Eesti_Toorahva_Kommuun, lk 50
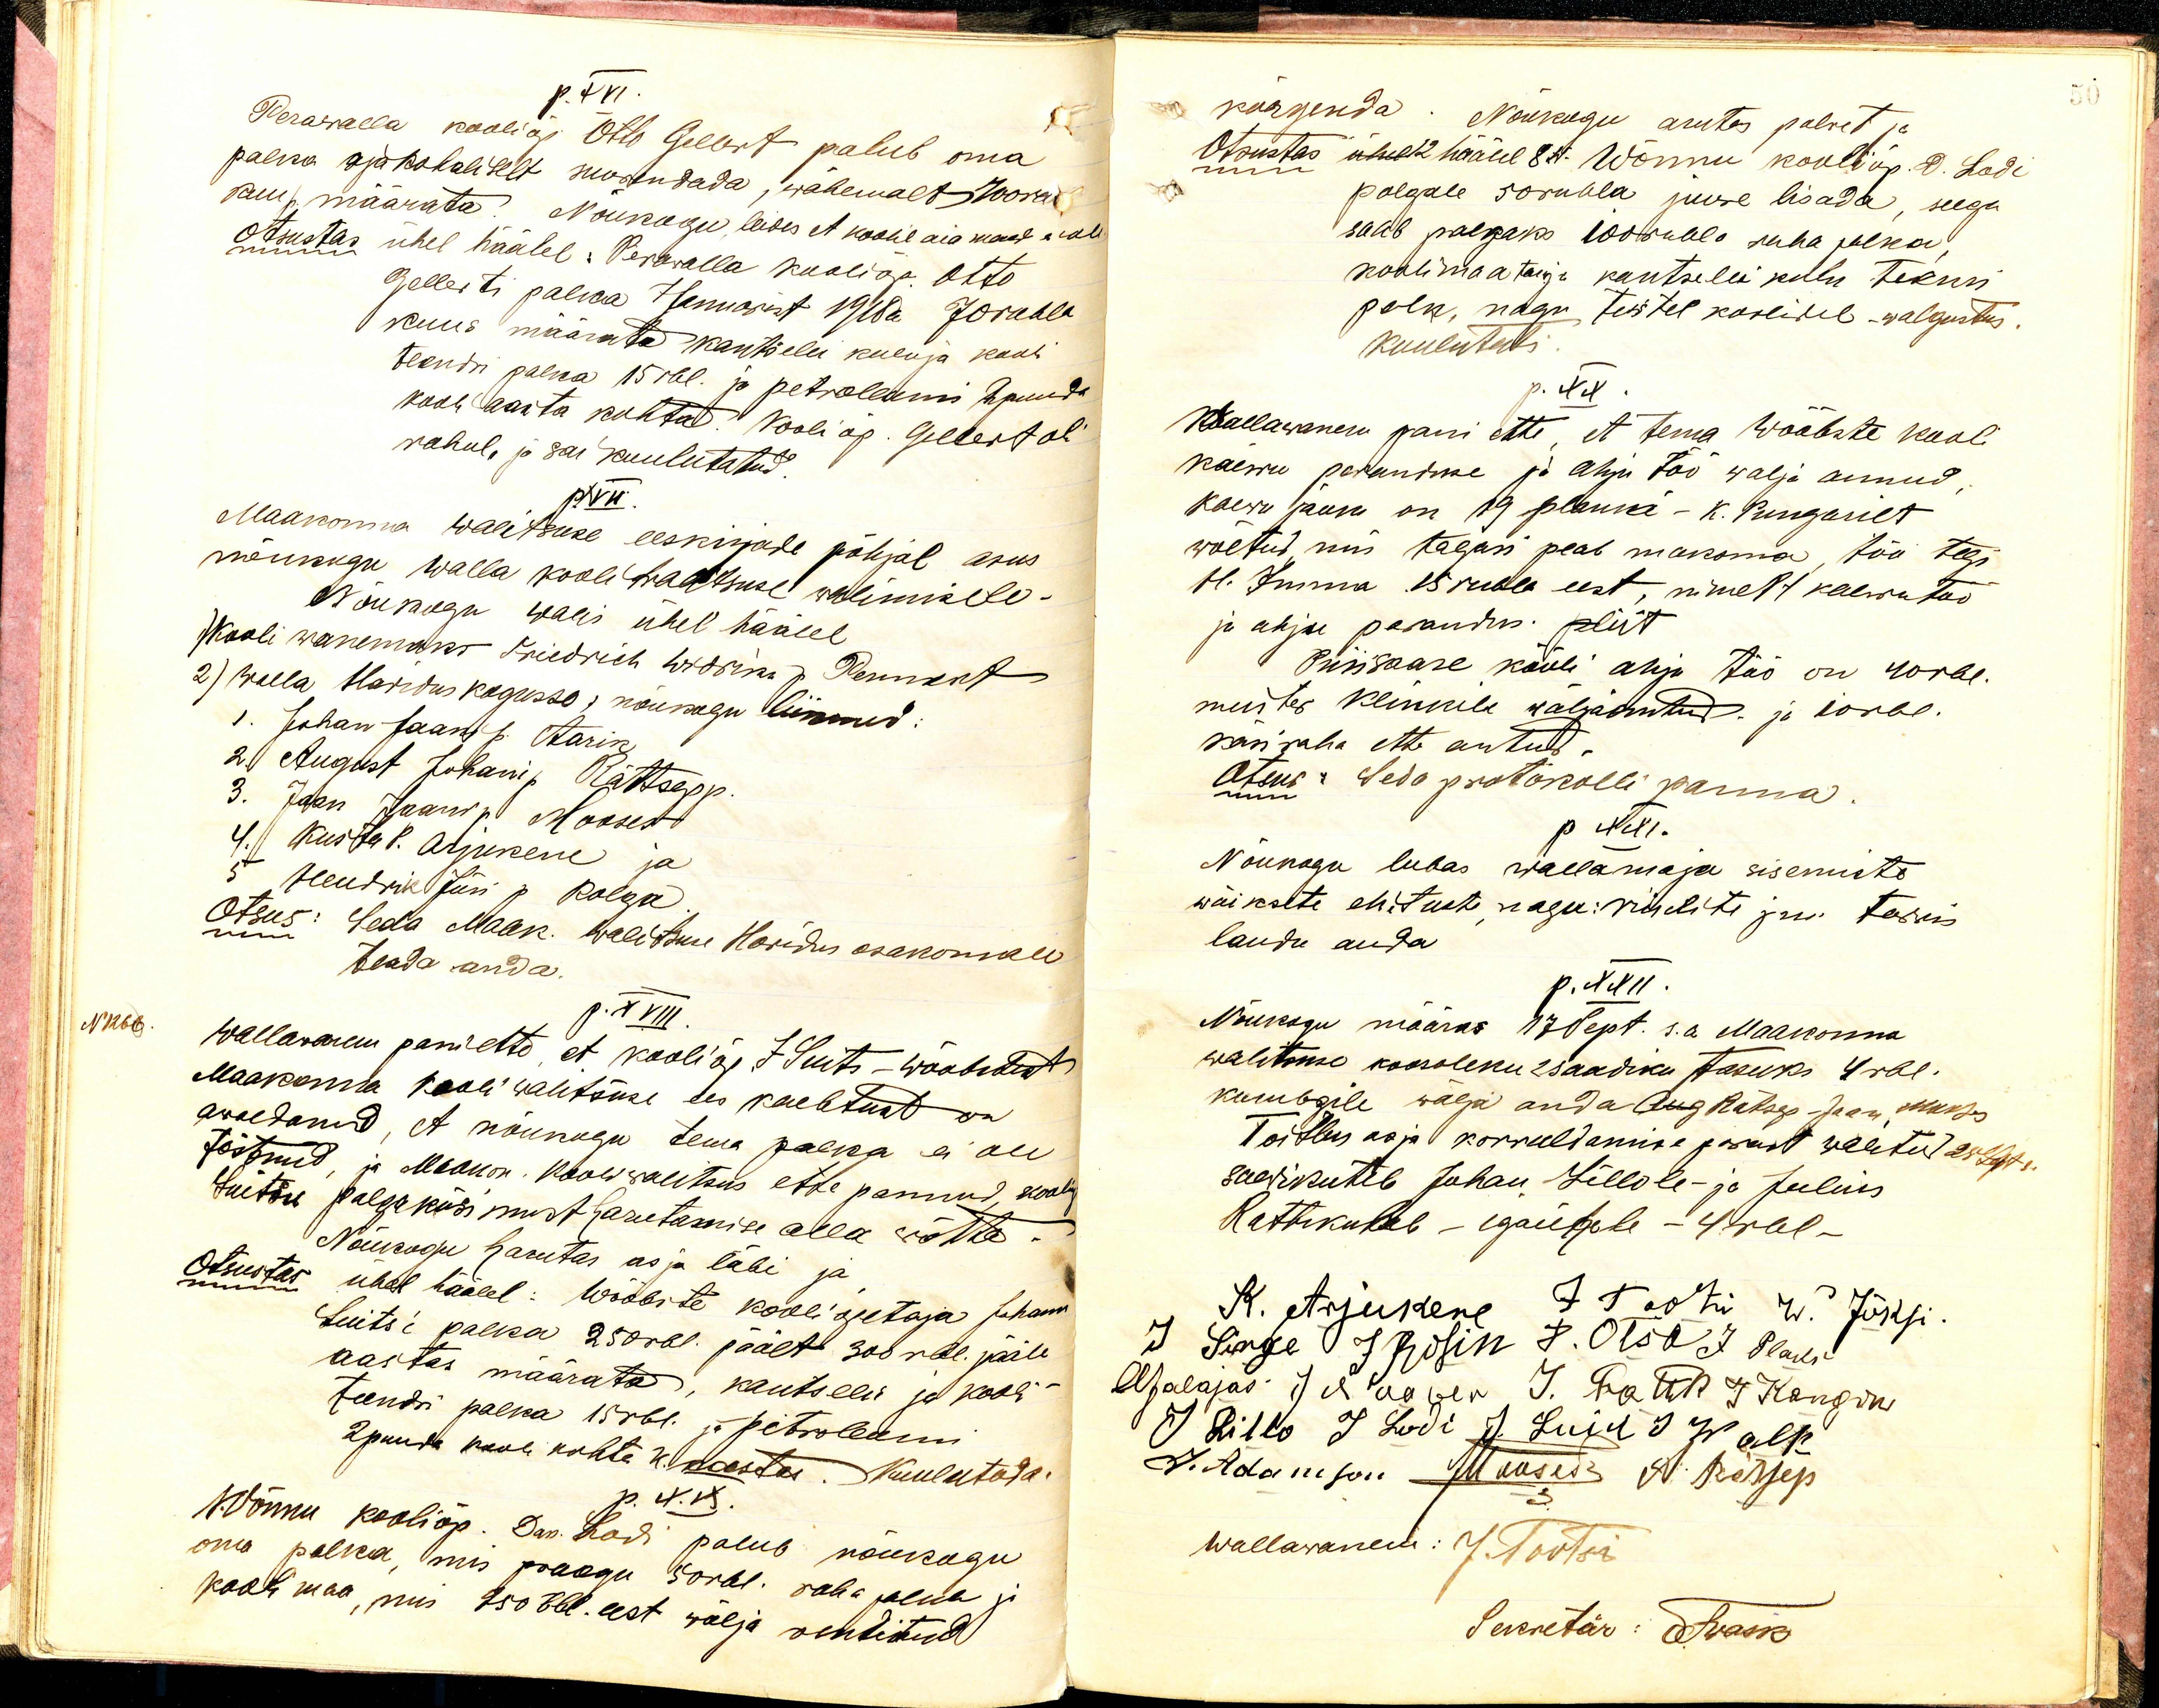
p.XVI.
Perawalla kooliõp. Otto Gelbert palub oma
palka ajakohaliselt suurendada, wähemalt 700 rub
kuu p. määrata Nõukogu leides et koolil aia maad aiala
Otsustas ühel häälel: Perawalla kooliõp. Otto
Gelberti palka 7 Januarist 1918a. 70 rubla
kuus määrata kantselei kulu ja kooli
teendri palka 15 rbl. ja petroleumi 2 puuda
kooli aasta kohta. Kooli õp. Gelbert oli
rahul, ja sai kuulutatud.
p.XVII
Maakonna walitsuse eeskirjade põhjal asus
nõukogu walla kooli traatsuse walimisele-
Nõukogu walis ühel häälel
Kooli wanemaks Friedrich Widsini p. Pennant
2) walla Haridus kogusse, nõukogu liikmed:
1. Johan Jaani p. Aarik
2. August Johani p. Rättsepp
3. Jaan Jaani p. Mooses
4. Kusta p. Arjukene ja
5 Hendrik Jüri p. Kolga
Otsus: Seda Maak. Walitsuse Haridus osakonnale
teada anda.
p. XVIII.
N 1266
Wallawanem pani ette, et kooli õp. J. Suits - Wõõbstest
Maakonna Kooli walitsuse ees kaebtust on
awaldanud, et nõukogu tema palka ei ole
tõstnud, ja Maakon. Kooli walitsus ette pannud, kooliõp
Suitsu palgaküsimust harutamise alla wõtta.
Nõukogu harutas asja läbi ja
Otsustas ühel häälel: Wõõbste kooli õpetaja Johann
Suitsi palka 250 rbl. päält 300 rbl. pääle
aastas määrata, kantselei ja kooli-
teendri palka 15 rbl. ja petroleomi
2 puuda kooli kohta k. aastas Kuulutada.
p XIX.
Wõnnu kooliõp. Dan. Lodi palub nõukogu
oma palka, mis praegu 50 rbl. raha palub ja
kooli maa, mis 250 rbl. eest wälja renditud

kõrgenda. Nõukogu arutas palwet ja
Otsustas ühel 12 hääle 8st. Wõnnu kooli õp. D. Lodi
palgale 50 rubla juure lisada, seega
saab palgaks 100 rubla raha palka,
koolimaa taeja kantselei kulu tekuri
palka, nagu teistel koolidel walgustus.
Kuulutati.
p. XX.
Wallawanem pani ette, et tema Wõõbste kooli
kaewu paranduse ja ahju töö wälja annud
kaewu jaoks on 19 planki -K. Pungarilt
wõetud, mis tagasi peab maksma, töö tegi
H. Emma 15 rubla eest, nimelt kaewu töö
ja ahju parandus. pliit
Piirisaare kooli ahju töö on 40 rbl.
mustes Klinkele wäljaantud ja 10 rbl.
käsiraha ette antud.
Otsus: Seda protokolli panna
otsub
p XXI.
Nõukogu lubas wallamaja sisemiste
wäiksete ehituste nagu: riiulite prii tarwis
laudu anda
p. XXII.
Nõukogu määras 17 Sept. s.a Maakonna
walitsuse koosoleku, saadiku tasuks 4 rbl.
kumbgile wälja anda Aug. Rätsep Jaan, Makses
Toitlus asja korraldamise pärast walitud 20 Sept s.
saadikutele Juhan Lillole- ja Julius
Rattikuleb - igaühele - 4 rbl -
K. Arjukene J Tootsi W. Jõksi
J. Sirge J Rosin F. Otsa J Plaks
AJalajas J Naaber J. Potter J Kangro
J Lillo J Lodi J. Luik J Walk
J. Adamson JMooses A. Rätsep
Wallawanem: J. Tootsi
Sekretär: Iwask